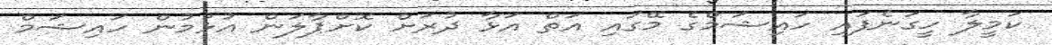
ކަމީލާ ހީގަނެފައި ހައިޝަމްގެ މޭގައި އަތް އަޅާ ދުރަށް ކޮށްޕާލަން އުޅުމުން ހައިޝަމް